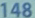
148